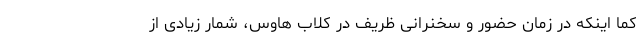
کما اینکه در زمان حضور و سخنرانی ظریف در کلاب هاوس، شمار زیادی از